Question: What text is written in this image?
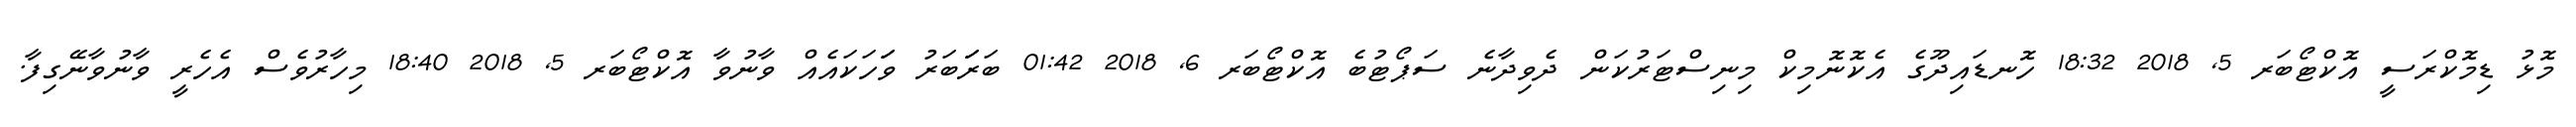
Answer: މޮޅު ޑިމޮކްރަސީ އޮކްޓޯބަރ 5, 2018 18:32 ހޮނޑައިދޫގެ އެކޮނޮމިކް މިނިސްޓަރުކަން ދެވިދާނެ ސަޕޯޓުބެ އޮކްޓޯބަރ 6, 2018 01:42 ބަރަަބަރު ވަަހަކައެއް ވާނުވާ އޮކްޓޯބަރ 5, 2018 18:40 މިހާރުވެސް އެހެރީ ވާނުވާނޭގިފާ.